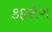
કફરોગ